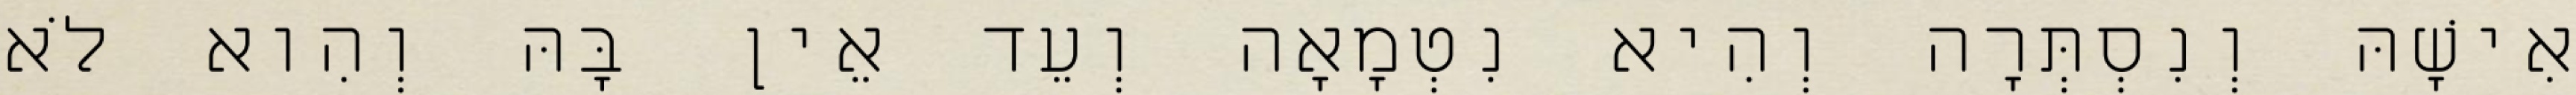
אִישָׁהּ וְנִסְתְּרָה וְהִיא נִטְמָאָה וְעֵד אֵין בָּהּ וְהִוא לֹא